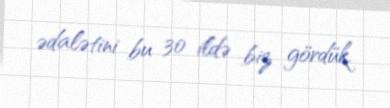
ədalətini bu 30 ildə biz gördük.